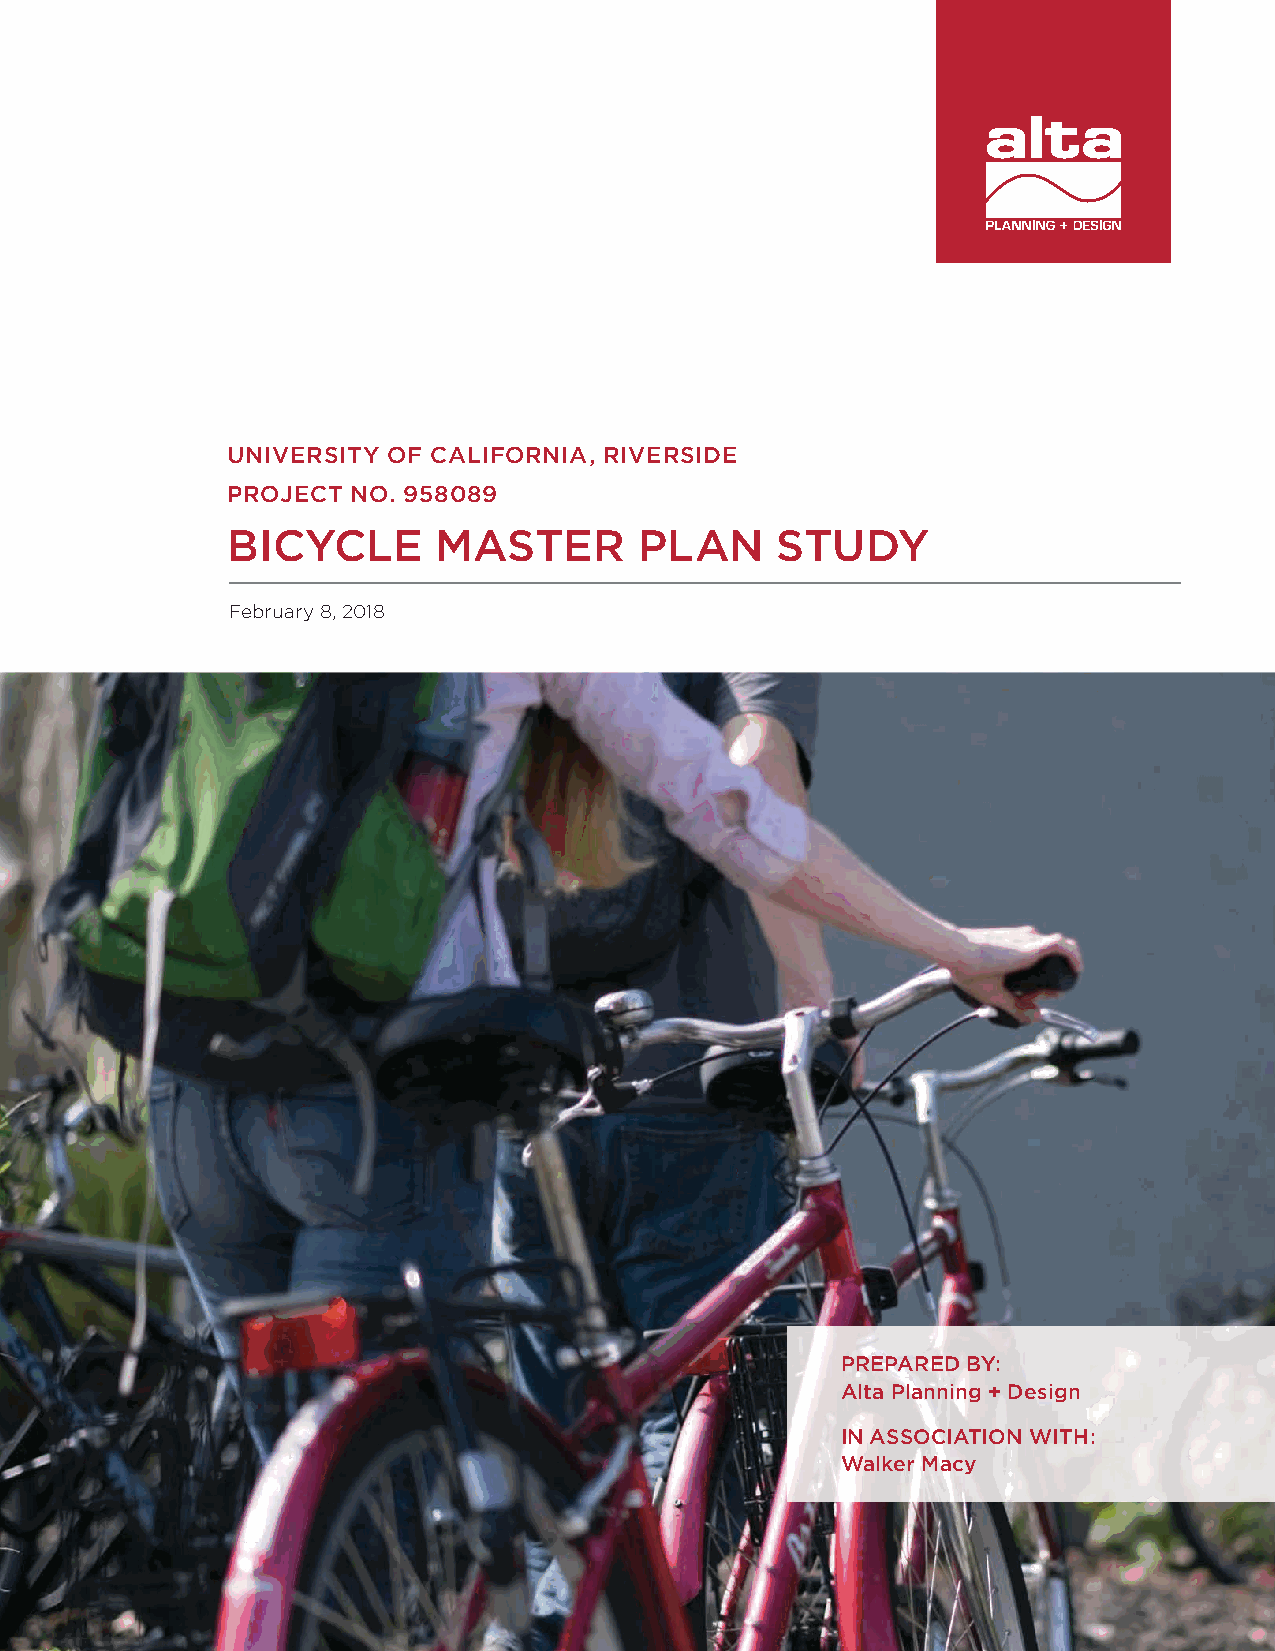
UNIVERSITY OF CALIFORNIA, RIVERSIDE
 PROJECT NO. 958089
 BICYCLE       MASTER       PLAN     STUDY
 February 8, 2018
 PREPARED BY:
 Alta Planning + Design
 IN ASSOCIATION WITH:
 Walker Macy